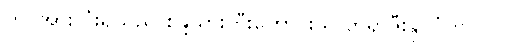
တွင်အားလုံးရှိသည် စန္ဒယားတီးကောင်းသူ ဘရာဇီးနိုင်ငံတွင် ဂဂ